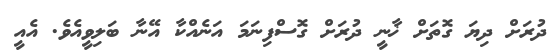
ދުރަށް ދިޔަ ގޮތަށް ޚާނީ ދުރަށް ގޮސްފިނަމަ އަނެއްކާ އޭނާ ބަލިވީއެވެ. އެއީ